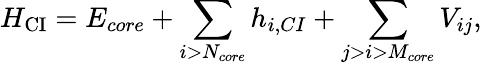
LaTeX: H_{\mathrm{{CI}}}=E_{core}+\sum_{i>N_{core}}h_{i,CI}+\sum_{j>i>M_{core}}V_{ij},